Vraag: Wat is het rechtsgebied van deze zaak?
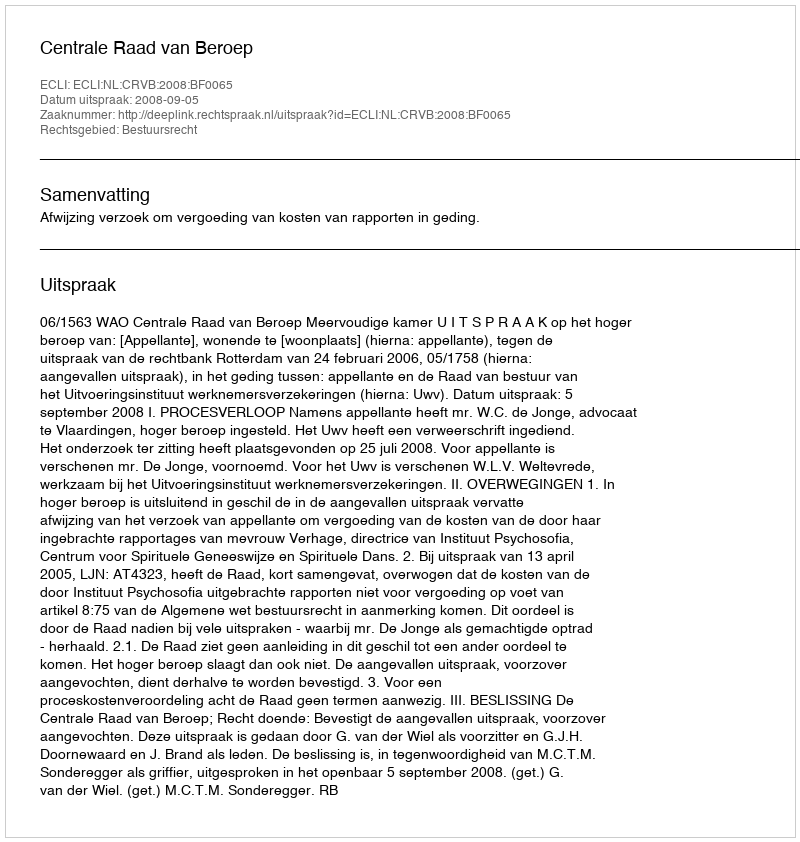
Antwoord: Bestuursrecht